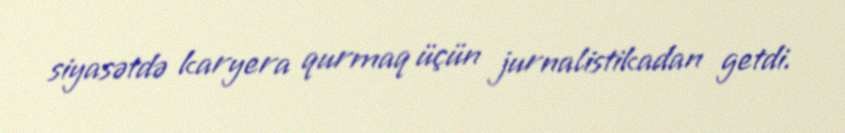
siyasətdə karyera qurmaq üçün jurnalistikadan getdi.